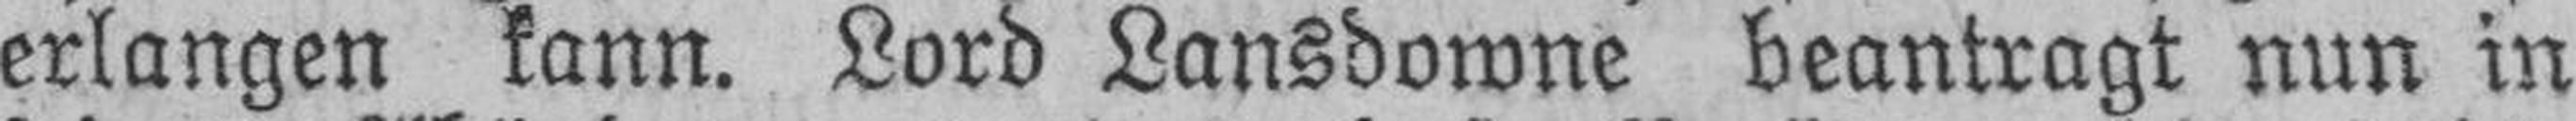
erlangen kann. Lord Lansdowne beantragt nun in